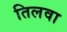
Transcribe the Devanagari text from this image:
तिलवा